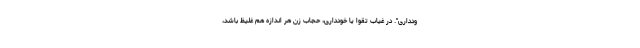
ودداری". در غیاب تقوا یا خودداری، حجاب زن هر اندازه هم غلیظ باشد،